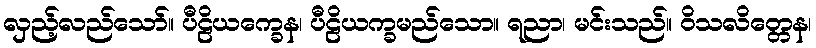
လှည့်လည်သော်။ ပီဠိယက္ခေန၊ ပီဠိယက္ခမည်သော။ ရညာ၊ မင်းသည်။ ဝိသလိတ္တေန၊